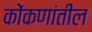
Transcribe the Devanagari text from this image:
कोंकणांतील